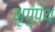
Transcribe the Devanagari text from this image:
भृगुपंथ